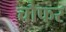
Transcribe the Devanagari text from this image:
चौफर